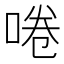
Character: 啳